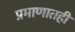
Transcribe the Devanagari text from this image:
प्रमाणातही